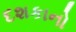
દશકાનો